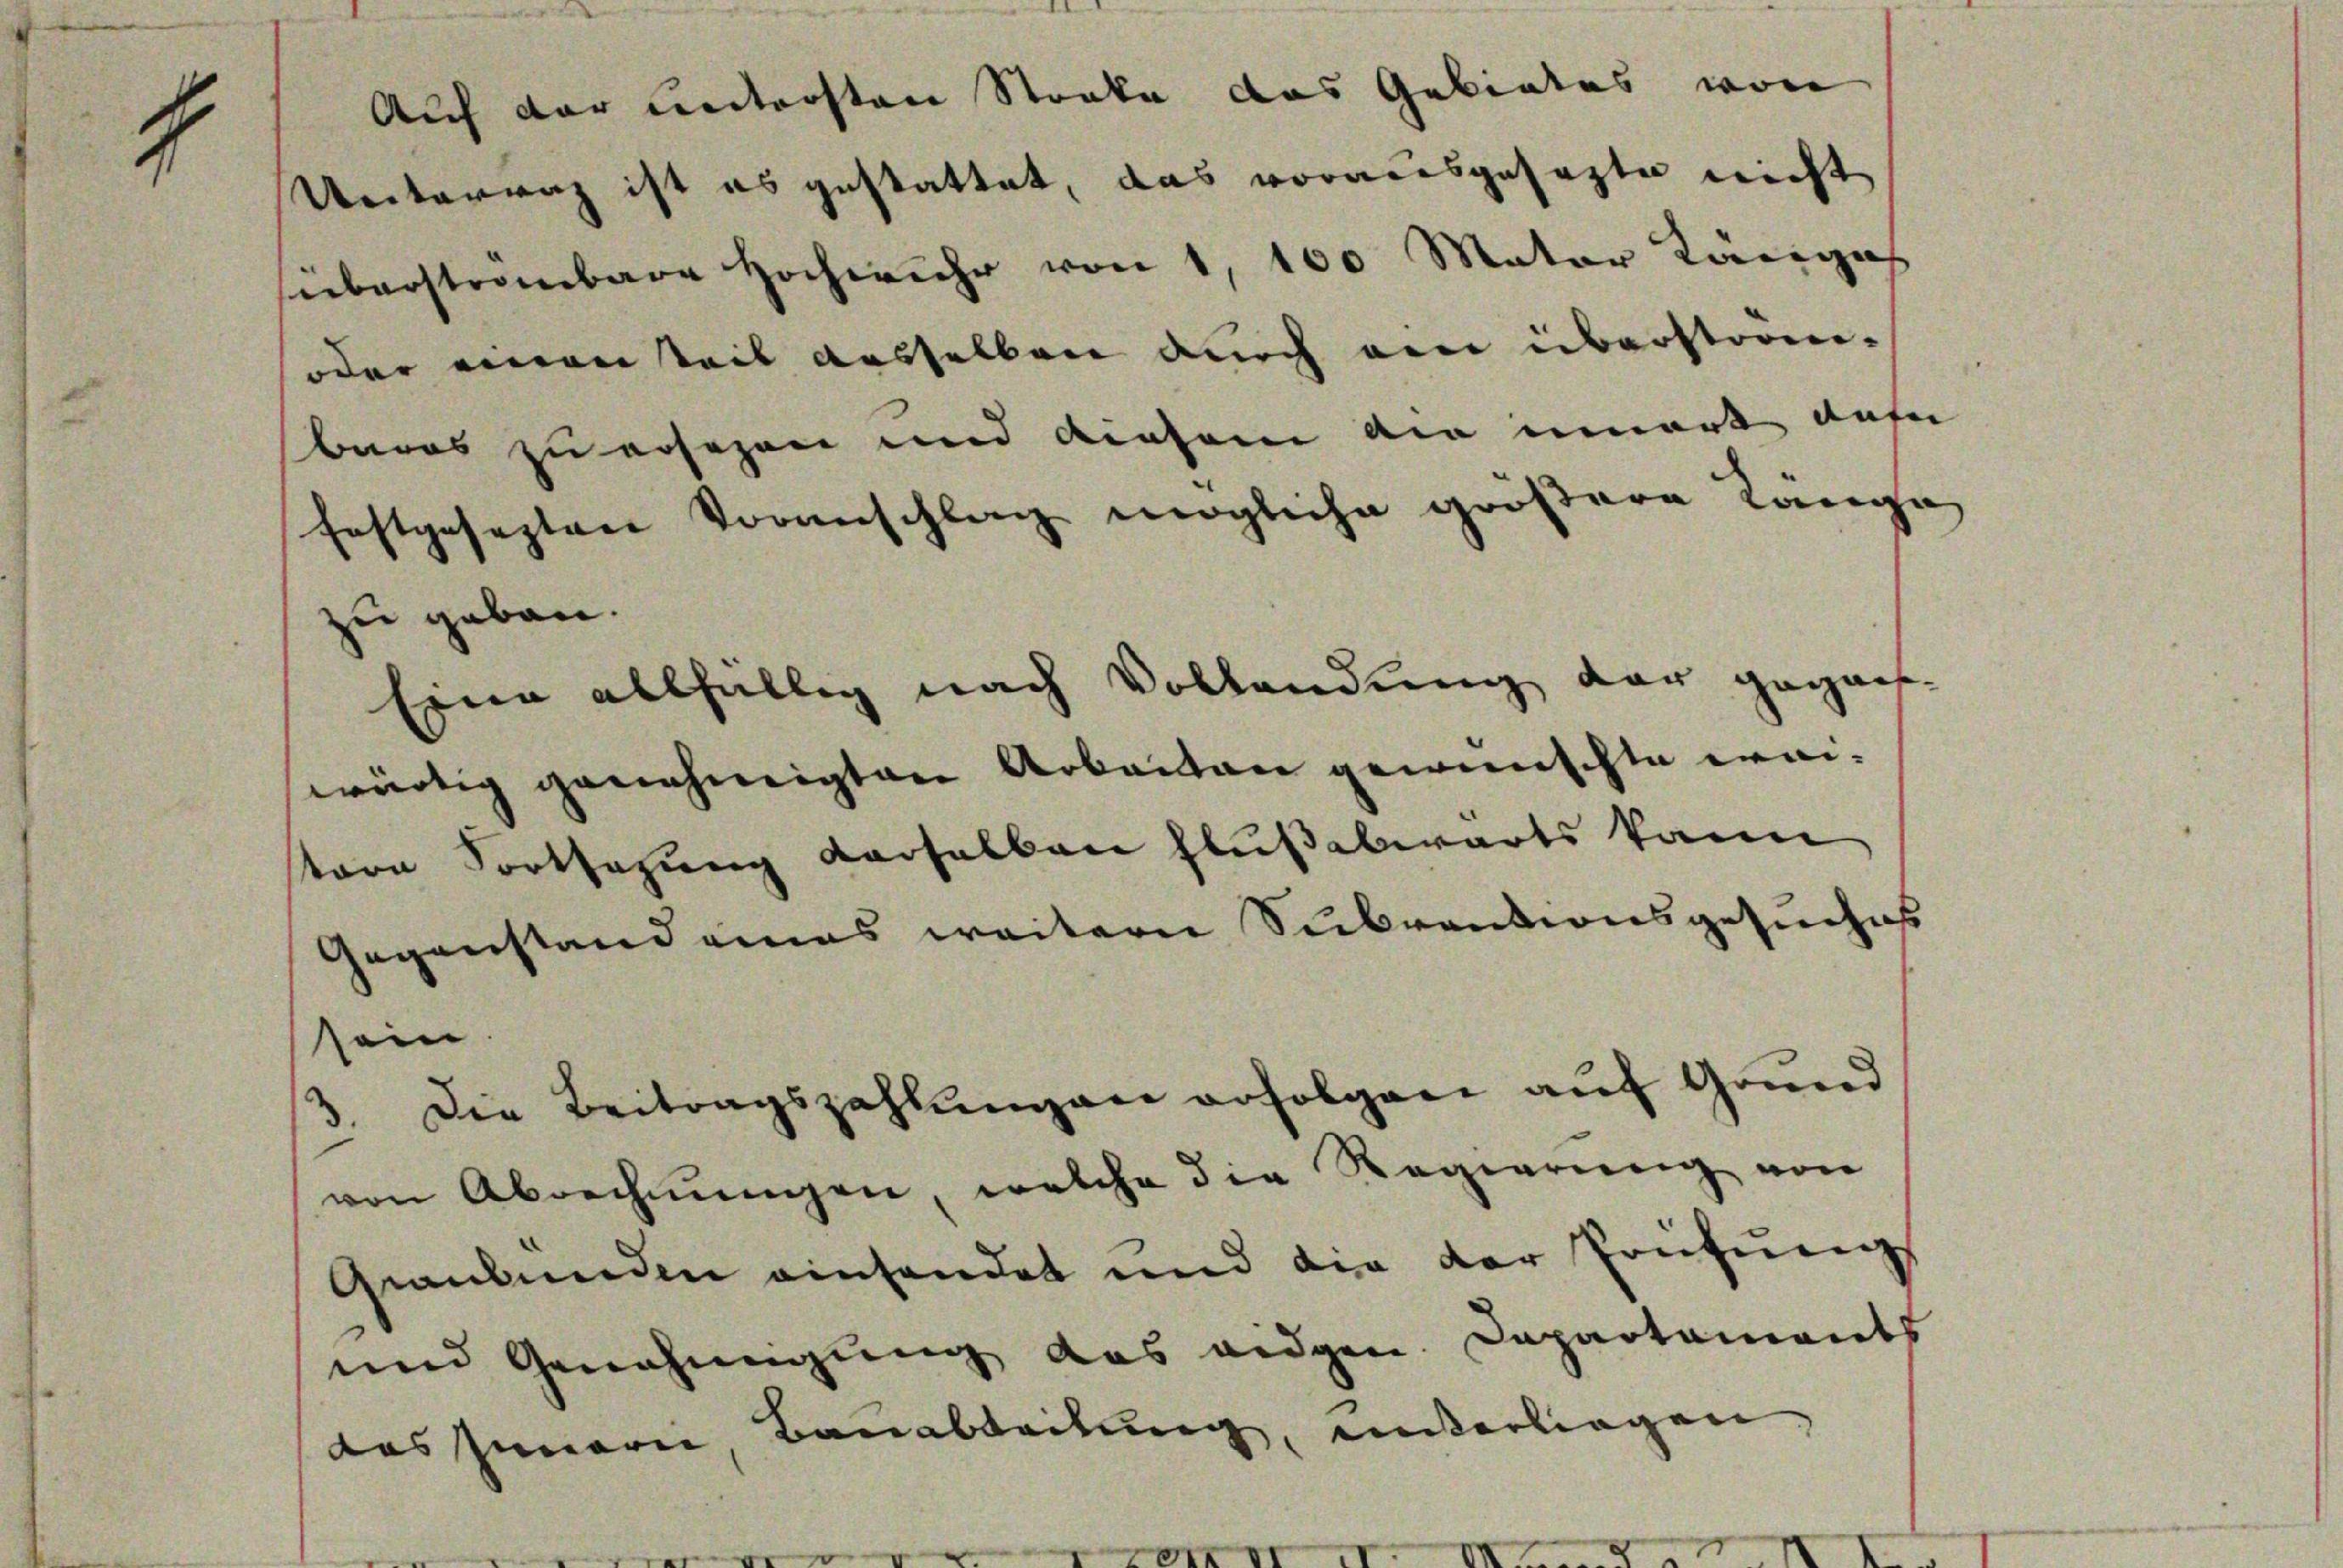
1
Auf der weitersten Staate das Gebietes von
.
Unterrag ist es gestattet, das vorausgesagte nicht
sieberströmbare Hochwehr von 1, 100 Mater Länges
oder einen Teil desselben durch ein überström-
baros zu ersezen und diesem an innert dafü
festgesezten Voranschlag mögliche größere Länge
zu geben.
Eine allfällig nach Vollendung der gegan¬

Gegenstand eines weitern Subventionsgesuches
sein
3. Die Beitragszahlŭngen erfolgen auf Grund
von Abrechnungen, welche die Regierung von
Graubünden einsendet und die der Prüfung
und Genehmigŭng das eidgen. Dapartaments
das Innerie, Bauabteilung, unterliegen,

wärtig genehmigten Arbeiten gewünschte weitern Fortsezung derselben Flußabwärts kann